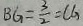
B G = \frac { 3 } { 2 } = C G